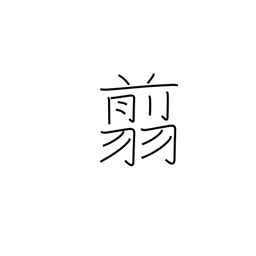
Meaning: scissors